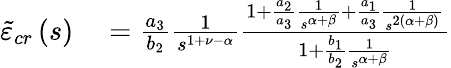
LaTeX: \begin{array}{rl}{\tilde{\varepsilon}_{cr}\left(s\right)}&{{}=\frac{a_{3}}{b_{2}}\frac{1}{s^{1+\nu-\alpha}}\frac{1+\frac{a_{2}}{a_{3}}\frac{1}{s^{\alpha+\beta}}+\frac{a_{1}}{a_{3}}\frac{1}{s^{2\left(\alpha+\beta\right)}}}{1+\frac{b_{1}}{b_{2}}\frac{1}{s^{\alpha+\beta}}}}\end{array}